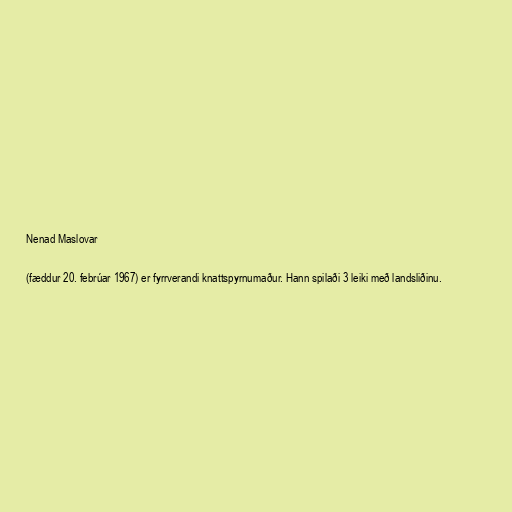
Nenad Maslovar

(fæddur 20. febrúar 1967) er fyrrverandi knattspyrnumaður. Hann spilaði 3 leiki með landsliðinu.